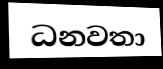
ධනවතා